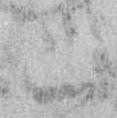
上